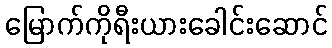
မြောက်ကိုရီးယားခေါင်းဆောင်